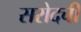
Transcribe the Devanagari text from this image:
सरोदची